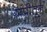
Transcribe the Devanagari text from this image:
ग्रांप्रीतून